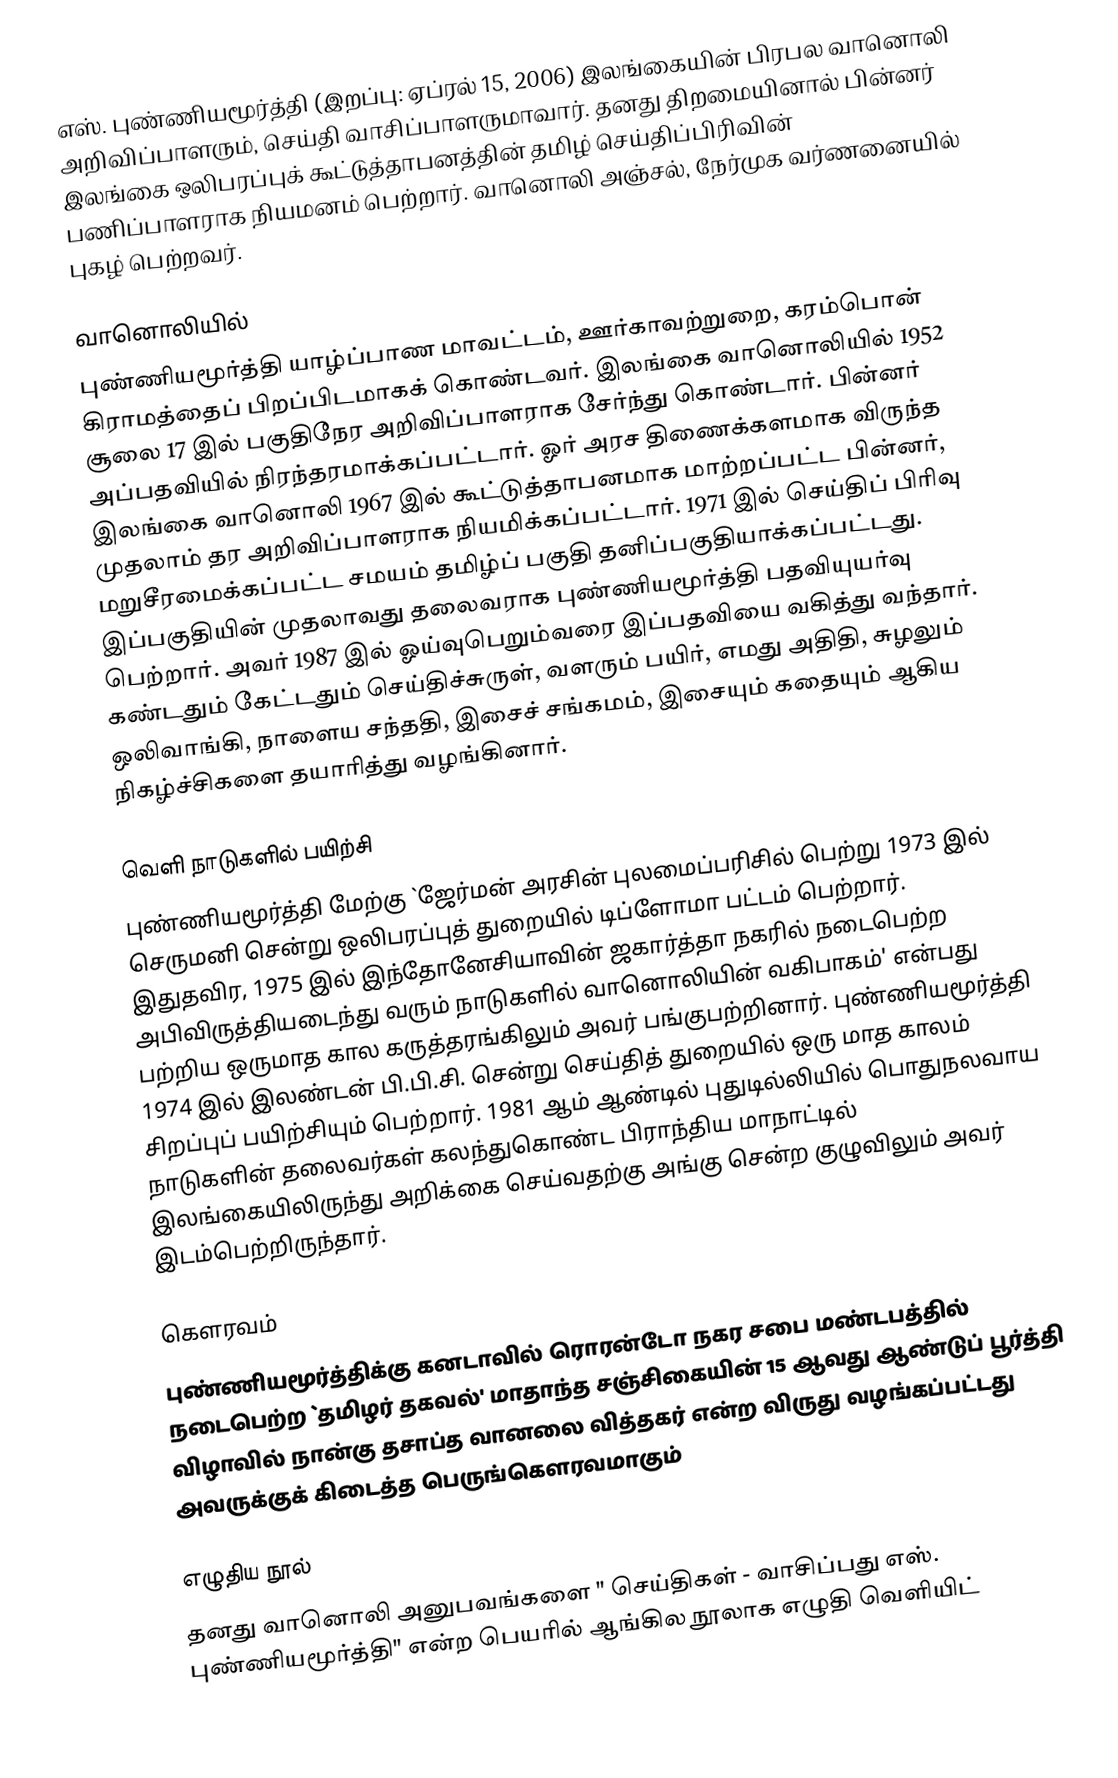
எஸ். புண்ணியமூர்த்தி (இறப்பு: ஏப்ரல் 15, 2006) இலங்கையின் பிரபல வானொலி அறிவிப்பாளரும், செய்தி வாசிப்பாளருமாவார். தனது திறமையினால் பின்னர் இலங்கை ஒலிபரப்புக் கூட்டுத்தாபனத்தின் தமிழ் செய்திப்பிரிவின் பணிப்பாளராக நியமனம் பெற்றார். வானொலி அஞ்சல், நேர்முக வர்ணனையில் புகழ் பெற்றவர்.

வானொலியில்
புண்ணியமூர்த்தி யாழ்ப்பாண மாவட்டம், ஊர்காவற்றுறை, கரம்பொன் கிராமத்தைப் பிறப்பிடமாகக் கொண்டவர். இலங்கை வானொலியில் 1952 சூலை 17 இல் பகுதிநேர அறிவிப்பாளராக சேர்ந்து கொண்டார். பின்னர் அப்பதவியில் நிரந்தரமாக்கப்பட்டார். ஓர் அரச திணைக்களமாக விருந்த இலங்கை வானொலி 1967 இல் கூட்டுத்தாபனமாக மாற்றப்பட்ட பின்னர்,  முதலாம் தர அறிவிப்பாளராக நியமிக்கப்பட்டார். 1971 இல் செய்திப் பிரிவு மறுசீரமைக்கப்பட்ட சமயம் தமிழ்ப் பகுதி தனிப்பகுதியாக்கப்பட்டது. இப்பகுதியின் முதலாவது தலைவராக புண்ணியமூர்த்தி பதவியுயர்வு பெற்றார். அவர் 1987 இல் ஓய்வுபெறும்வரை இப்பதவியை வகித்து வந்தார். கண்டதும் கேட்டதும் செய்திச்சுருள், வளரும் பயிர், எமது அதிதி, சுழலும் ஒலிவாங்கி, நாளைய சந்ததி, இசைச் சங்கமம், இசையும் கதையும் ஆகிய நிகழ்ச்சிகளை தயாரித்து வழங்கினார்.

வெளி நாடுகளில் பயிற்சி
புண்ணியமூர்த்தி மேற்கு `ஜேர்மன் அரசின் புலமைப்பரிசில் பெற்று 1973 இல் செருமனி சென்று ஒலிபரப்புத் துறையில் டிப்ளோமா பட்டம் பெற்றார். இதுதவிர, 1975 இல் இந்தோனேசியாவின் ஜகார்த்தா நகரில் நடைபெற்ற அபிவிருத்தியடைந்து வரும் நாடுகளில் வானொலியின் வகிபாகம்' என்பது பற்றிய ஒருமாத கால கருத்தரங்கிலும் அவர் பங்குபற்றினார். புண்ணியமூர்த்தி 1974 இல் இலண்டன் பி.பி.சி. சென்று செய்தித் துறையில் ஒரு மாத காலம் சிறப்புப் பயிற்சியும் பெற்றார். 1981 ஆம் ஆண்டில் புதுடில்லியில் பொதுநலவாய நாடுகளின் தலைவர்கள் கலந்துகொண்ட பிராந்திய மாநாட்டில் இலங்கையிலிருந்து அறிக்கை செய்வதற்கு அங்கு சென்ற குழுவிலும் அவர் இடம்பெற்றிருந்தார்.

கெளரவம்
புண்ணியமூர்த்திக்கு கனடாவில் ரொரன்டோ நகர சபை மண்டபத்தில் நடைபெற்ற `தமிழர் தகவல்' மாதாந்த சஞ்சிகையின் 15 ஆவது ஆண்டுப் பூர்த்தி விழாவில் நான்கு தசாப்த வானலை வித்தகர் என்ற விருது வழங்கப்பட்டது அவருக்குக் கிடைத்த பெருங்கௌரவமாகும்

எழுதிய நூல்
தனது வானொலி அனுபவங்களை " செய்திகள் - வாசிப்பது எஸ். புண்ணியமூர்த்தி" என்ற பெயரில் ஆங்கில நூலாக எழுதி வெளியிட்